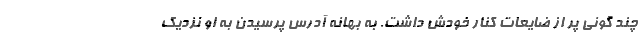
چند گونی پر از ضایعات کنار خودش داشت. به بهانه آدرس پرسیدن به او نزدیک